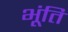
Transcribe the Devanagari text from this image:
भूंति